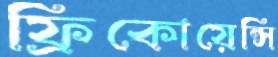
ফ্রিকোয়েন্সি